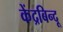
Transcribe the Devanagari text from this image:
केंद्रबिन्दू